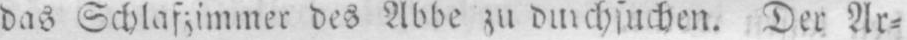
des Abbe zu durchsuchen. Der Ar⸗